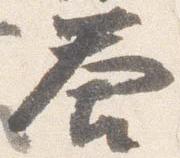
答